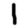
Digit: 1